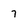
Character: 7